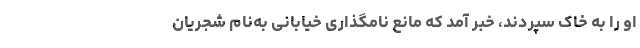
او را به خاک سپردند، خبر آمد که مانع نامگذاری خیابانی به‌نام شجریان